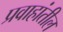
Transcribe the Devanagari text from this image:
प्रवाहांतील